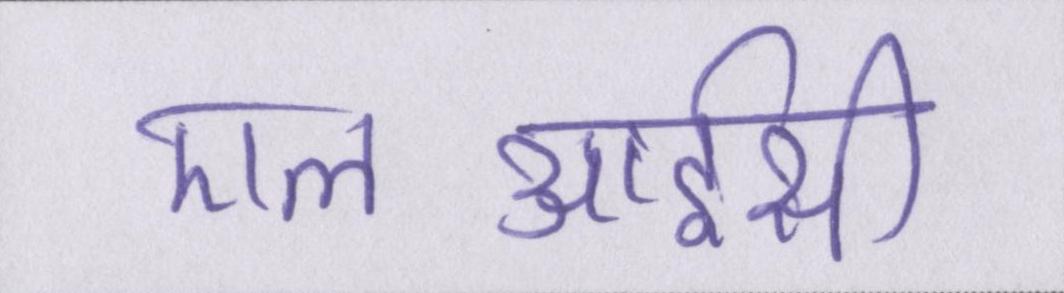
एलआईसी